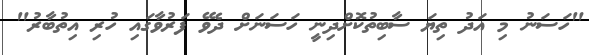
"ހަސަނު މި އަދު ތިޔަ ސާބިތުކޮށްދިނީ ހަސަނަށް ދެވޭ ފަރުވާގައި ހުރި އިތުބާރު"